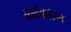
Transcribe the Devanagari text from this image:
आर्टफोरम